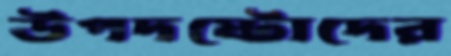
উপদষ্টোদের